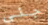
جنى